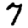
Digit: 7